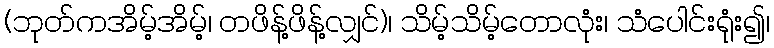
(ဘုတ်ကအိမ့်အိမ့်၊ တဖိန့်ဖိန့်လျှင်)၊ သိမ့်သိမ့်တောလုံး၊ သံပေါင်းရုံး၍၊